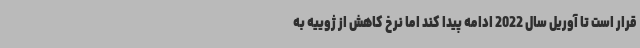
قرار است تا آوریل سال 2022 ادامه پیدا کند اما نرخ کاهش از ژوییه به